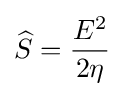
{\widehat {S}}={E^{2} \over 2\eta }